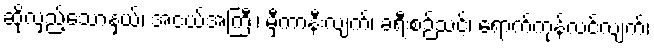
ဆိုလှည့်သောနှယ်၊ အငယ်အကြီး၊ မှီကာနီးလျက်၊ ခရီးစဉ်သင့်၊ ရောက်ကုန်လင့်လျက်၊